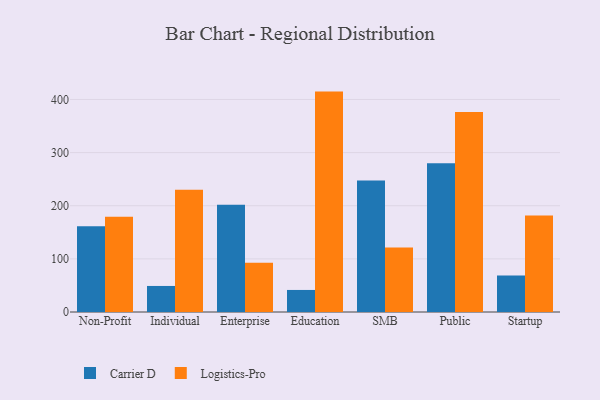
{"axis": {"x": "Segment", "y": "Satisfaction Score"}, "legend": ["Carrier D", "Logistics-Pro"], "data": [{"x": "Non-Profit", "y": 161.3, "type": "Carrier D"}, {"x": "Non-Profit", "y": 179.4, "type": "Logistics-Pro"}, {"x": "Individual", "y": 49.0, "type": "Carrier D"}, {"x": "Individual", "y": 230.2, "type": "Logistics-Pro"}, {"x": "Enterprise", "y": 202.0, "type": "Carrier D"}, {"x": "Enterprise", "y": 92.5, "type": "Logistics-Pro"}, {"x": "Education", "y": 41.5, "type": "Carrier D"}, {"x": "Education", "y": 414.8, "type": "Logistics-Pro"}, {"x": "SMB", "y": 247.4, "type": "Carrier D"}, {"x": "SMB", "y": 121.6, "type": "Logistics-Pro"}, {"x": "Public", "y": 279.9, "type": "Carrier D"}, {"x": "Public", "y": 376.4, "type": "Logistics-Pro"}, {"x": "Startup", "y": 68.9, "type": "Carrier D"}, {"x": "Startup", "y": 181.8, "type": "Logistics-Pro"}]}